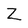
Character: Z